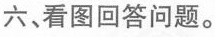
六、看图回答问题.。